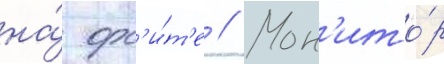
на́ орб'и́т'е // Мон'ито́р